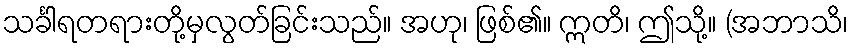
သင်္ခါရတရားတို့မှလွတ်ခြင်းသည်။ အဟု၊ ဖြစ်၏။ ဣတိ၊ ဤသို့။ (အဘာသိ၊